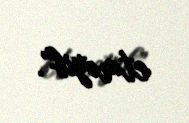
etməyib”.